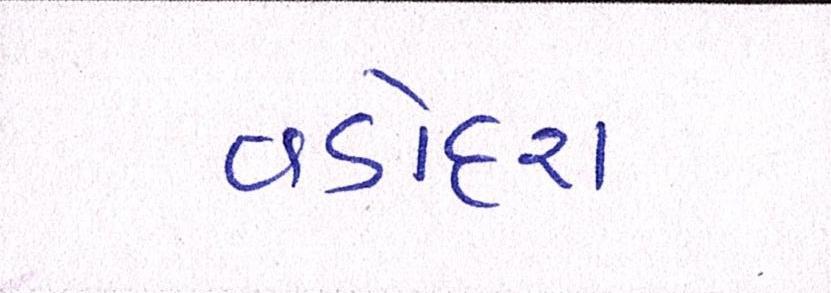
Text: વડોદરા